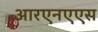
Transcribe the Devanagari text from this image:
आरएनएएस